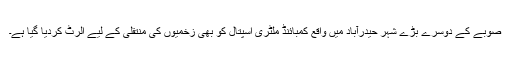
صوبے کے دوسرے بڑے شہر حیدرآباد میں واقع کمبائنڈ ملٹری اسپتال کو بھی زخمیوں کی منتقلی کے لیے الرٹ کردیا گیا ہے۔